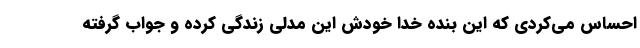
احساس می‌کردی که این بنده خدا خودش این مدلی زندگی کرده و جواب گرفته